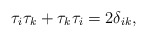
\begin{align*}\tau _i\tau _k+\tau _k\tau _i=2\delta _{ik},\end{align*}